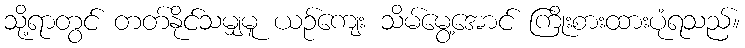
သို့ရာတွင် တတ်နိုင်သမျှမူ ယဉ်ကျေး သိမ်မွေ့အောင် ကြိုးစားထားပုံရသည်။